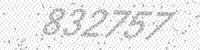
Solution: 832757